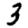
Digit: 3